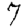
Digit: 7